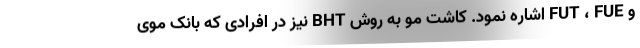
و FUT ، FUE اشاره نمود. کاشت مو به روش BHT نیز در افرادی که بانک موی